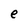
Character: e